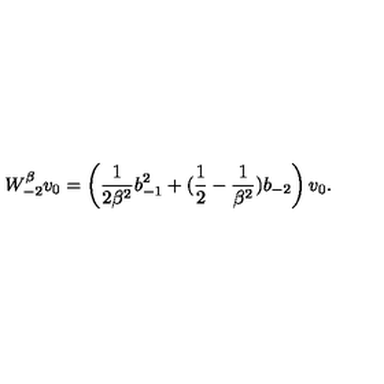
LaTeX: W _ { - 2 } ^ { \beta } v _ { 0 } = \left( \frac { 1 } { 2 \beta ^ { 2 } } b _ { - 1 } ^ { 2 } + ( \frac { 1 } { 2 } - \frac { 1 } { \beta ^ { 2 } } ) b _ { - 2 } \right) v _ { 0 } .